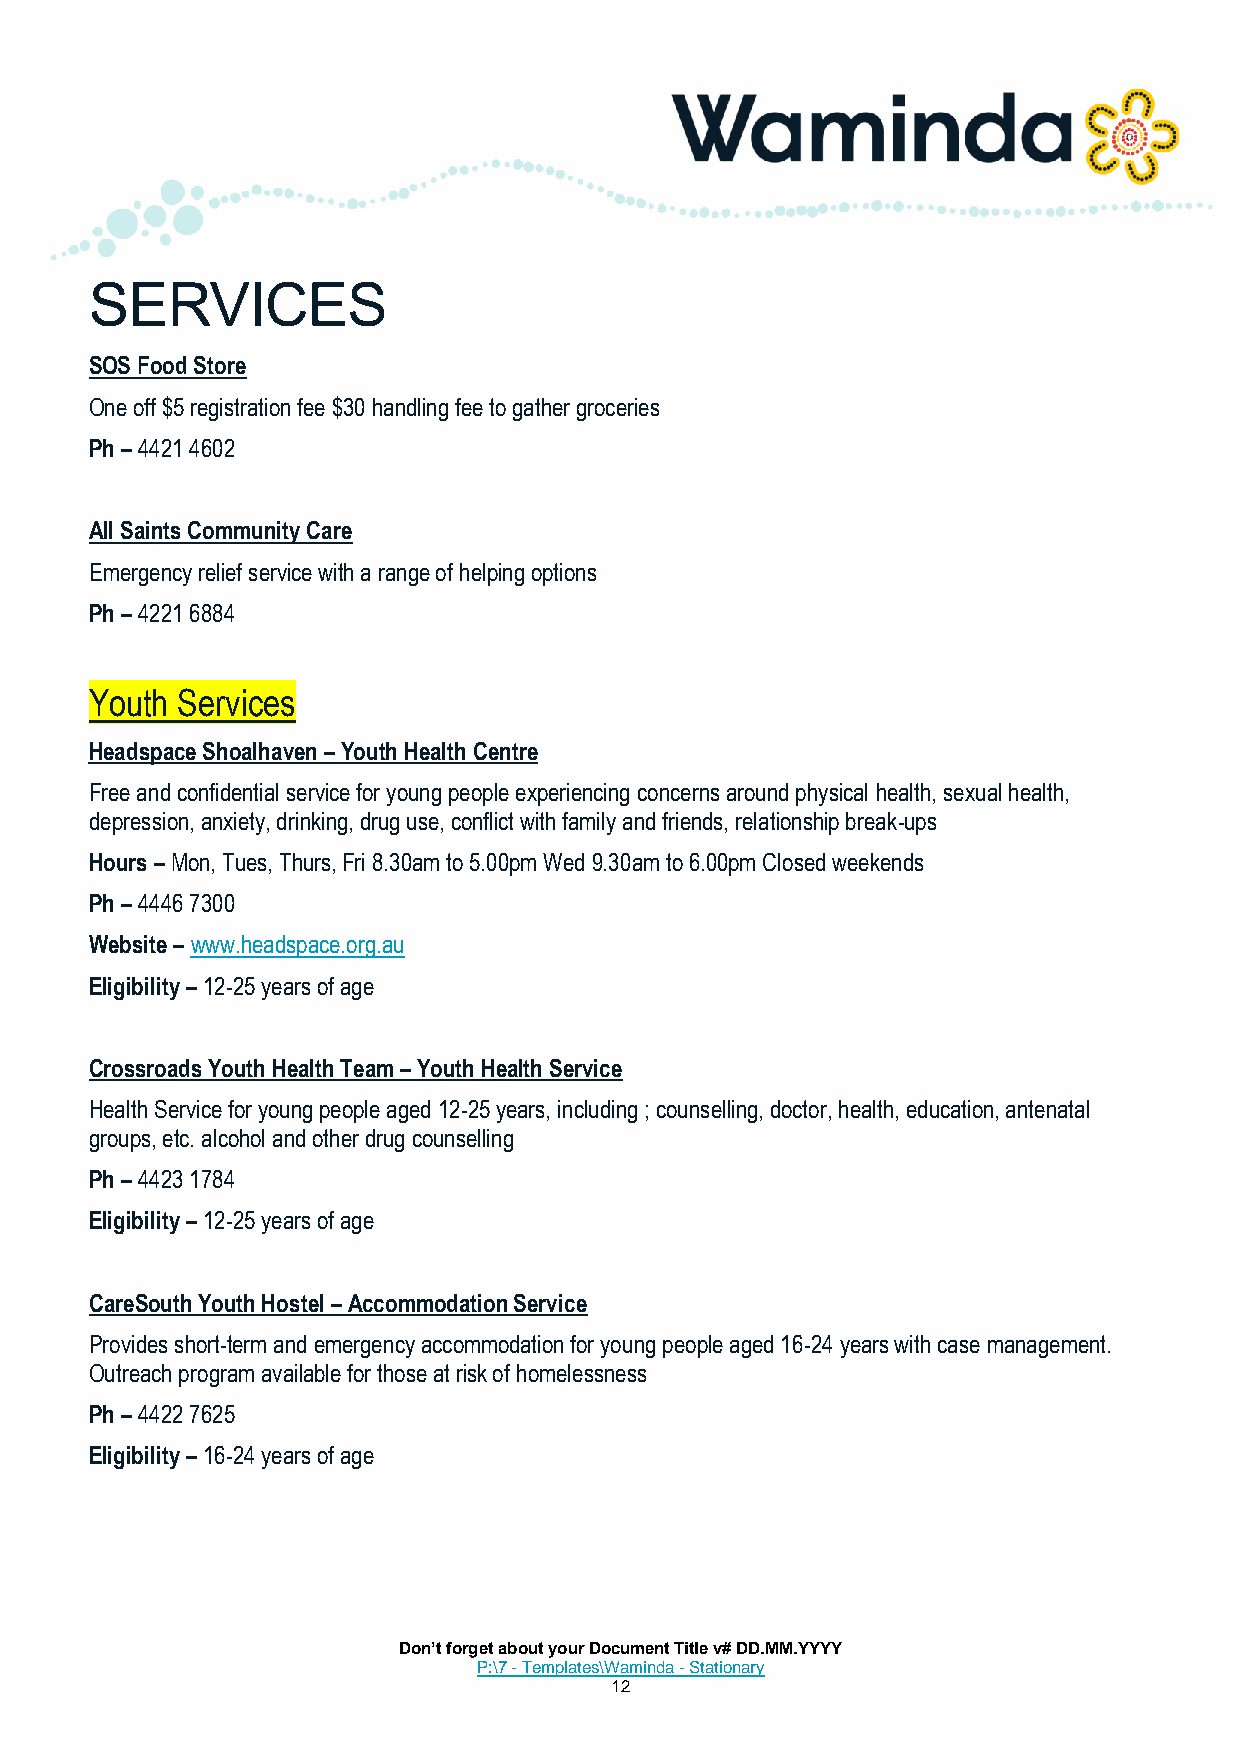
SERVICES
 SOS Food Store
 One off $5 registration fee $30 handling fee to gather groceries
 Ph – 4421 4602
 All Saints Community Care
 Emergency relief service with a range of helping options
 Ph – 4221 6884
 Youth Services
 Headspace Shoalhaven – Youth Health Centre
 Free and confidential service for young people experiencing concerns around physical health, sexual health,
 depression, anxiety, drinking, drug use, conflict with family and friends, relationship break-ups
 Hours – Mon, Tues, Thurs, Fri 8.30am to 5.00pm Wed 9.30am to 6.00pm Closed weekends
 Ph – 4446 7300
 Website – www.headspace.org.au
 Eligibility – 12-25 years of age
 Crossroads Youth Health Team – Youth Health Service
 Health Service for young people aged 12-25 years, including ; counselling, doctor, health, education, antenatal
 groups, etc. alcohol and other drug counselling
 Ph – 4423 1784
 Eligibility – 12-25 years of age
 CareSouth Youth Hostel – Accommodation Service
 Provides short-term and emergency accommodation for young people aged 16-24 years with case management.
 Outreach program available for those at risk of homelessness
 Ph – 4422 7625
 Eligibility – 16-24 years of age
 Don’t forget about your Document Title v# DD.MM.YYYY
 P:\7 - Templates\Waminda - Stationary
 12